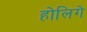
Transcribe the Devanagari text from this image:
होलिगे